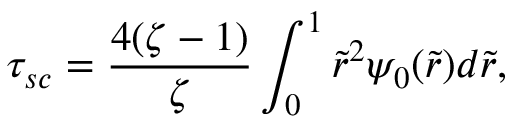
\tau _ { s c } = \frac { 4 ( \zeta - 1 ) } { \zeta } \int _ { 0 } ^ { 1 } \tilde { r } ^ { 2 } \psi _ { 0 } ( \tilde { r } ) d \tilde { r } ,